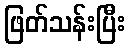
ဖြတ်သန်းပြီး